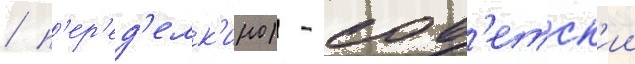
/ п'ер'ед'елк'ино) - сов'етск'ии